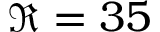
\Re = 3 5